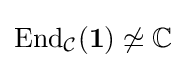
{\text{End}}_{\mathcal {C}}({\bf {1}})\not \simeq \mathbb {C}